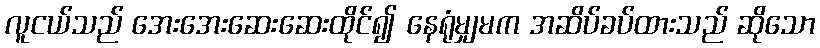
လူငယ်သည် အေးအေးဆေးဆေးထိုင်၍ နေရုံမျှမက အဆိပ်ခပ်ထားသည် ဆိုသော